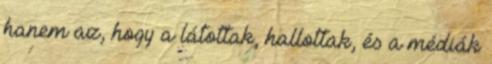
hanem az, hogy a látottak, hallottak, és a médiák